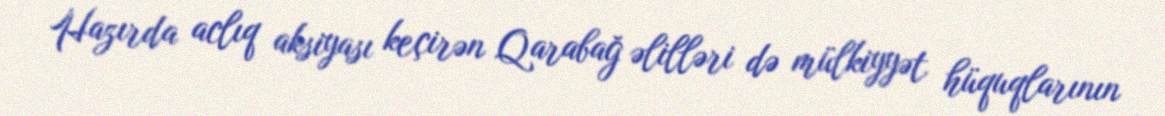
Hazırda aclıq aksiyası keçirən Qarabağ əlilləri də mülkiyyət hüquqlarının